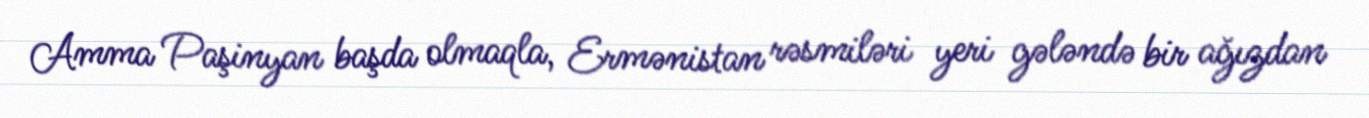
Amma Paşinyan başda olmaqla, Ermənistan rəsmiləri yeri gələndə bir ağızdan